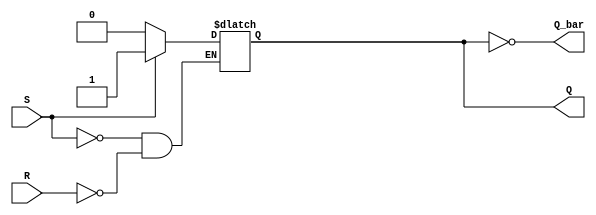
module sr_flip_flop (
    input S,
    input R,
    output reg Q,
    output reg Q_bar
);

always @(S, R)
begin
    if (S)
        Q <= 1'b1;
    else if (R)
        Q <= 1'b0;
end

assign Q_bar = ~Q;

endmodule